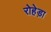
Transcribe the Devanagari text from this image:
रोहेड़ा